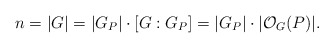
\begin{align*}n=|G|=|G_P|\cdot [G:G_P]=|G_P|\cdot |\mathcal{O}_G(P)|.\end{align*}